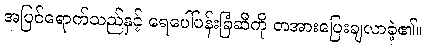
အပြင်ရောက်သည်နှင့် ရေပေါ်ပန်းခြံဆီကို တအားပြေးချလာခဲ့၏။